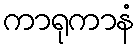
ကာရုကာနံ